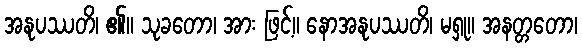
အနုပဿတိ၊ ၏။ သုခတော၊ အား ဖြင့်။ နောအနုပဿတိ၊ မရှု။ အနတ္တတော၊